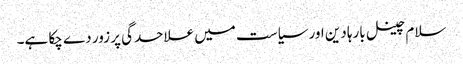
سلام چینل بارہا دین اور سیاست میں علاحدگی پر زور دے چکا ہے۔